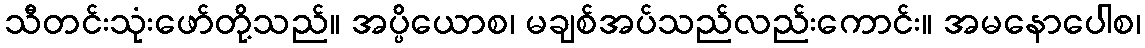
သီတင်းသုံးဖော်တို့သည်။ အပ္ပိယောစ၊ မချစ်အပ်သည်လည်းကောင်း။ အမနောပေါစ၊